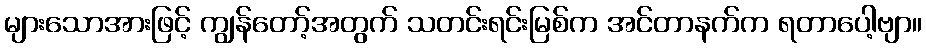
များသောအားဖြင့် ကျွန်တော့်အတွက် သတင်းရင်းမြစ်က အင်တာနက်က ရတာပေါ့ဗျာ။